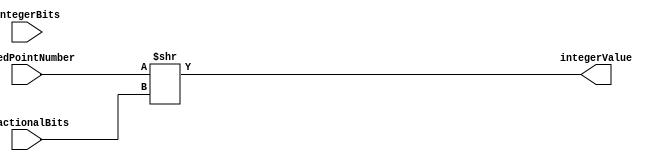
module FixedPointConverter (
    input wire signed [31:0] fixedPointNumber,
    input wire integerBits,
    input wire fractionalBits,
    output wire signed [31:0] integerValue
);

reg signed [31:0] scaledNumber;

always @(*) begin
    scaledNumber = fixedPointNumber >> fractionalBits;
end

assign integerValue = scaledNumber;

endmodule